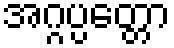
အဂ္ဂပ္ပတ္တော